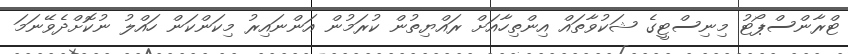
ޓްރާންސްޕޯޓު މިނިސްޓީގެ ޝަކުވާތައް އިންތިހާއަށް ރައްޔިތުން ކުރަމުން އަންނައިރު މިކަންކަން ހައްލު ނުކޮށްދެވޭނަމަ